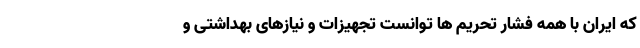
که ایران با همه فشار تحریم ها توانست تجهیزات و نیازهای بهداشتی و